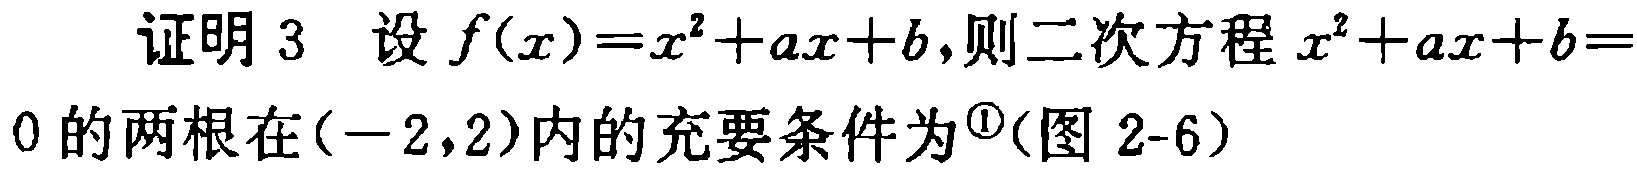
证明 3 设 \(f(x)=x^{2}+ax + b\),则二次方程 \(x^{2}+ax + b = 0\)的两根在\((-2,2)\)内的充要条件为\(^{\textcircled{1}}\)(图 2-6)